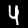
Label: 4